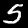
Label: 5